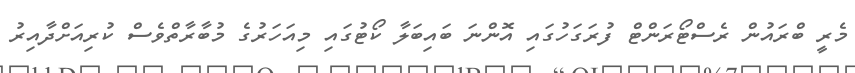
މެރީ ބްރައުން ރެސްޓޯރަންޓް ފުރަގަހުގައި އޮންނަ ބައިބަލާ ކޯޓުގައި މިއަހަރުގެ މުބާރާތްވެސް ކުރިއަށްދާއިރު